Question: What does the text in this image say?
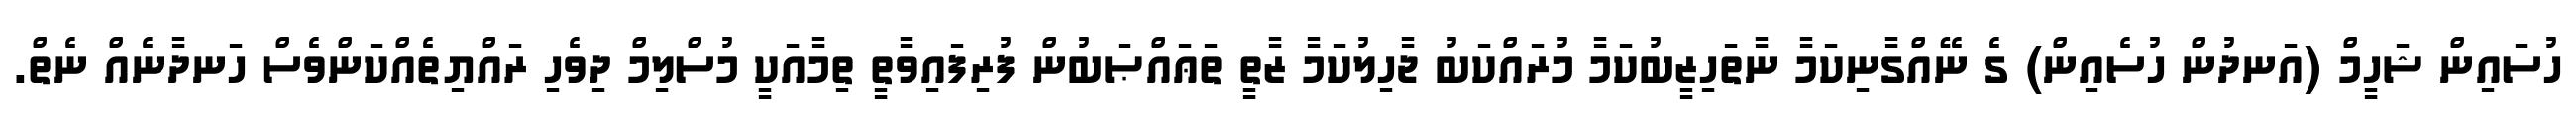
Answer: ހުސައިން ޝަހީމް (އަނދުން ހުސެއިން) ގެ ނޭއްގާނިކަމާ ނާތަހިޒީބުކަމާ މުރައްކަބު ޖާހިލުކަމާ ޒާތީ ތަޢައްޞަބުން ފުރިފައިވާތީ ތިމާއަކީ މުސްލިމް ދިވެހި ރައްޔިތެއްކަންވެސް ހަނދާނެއް ނެތް.